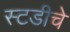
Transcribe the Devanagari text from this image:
स्टडीचे